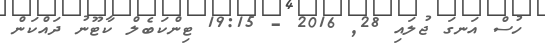
ހުސް އަނގަ ޖުލައި 28